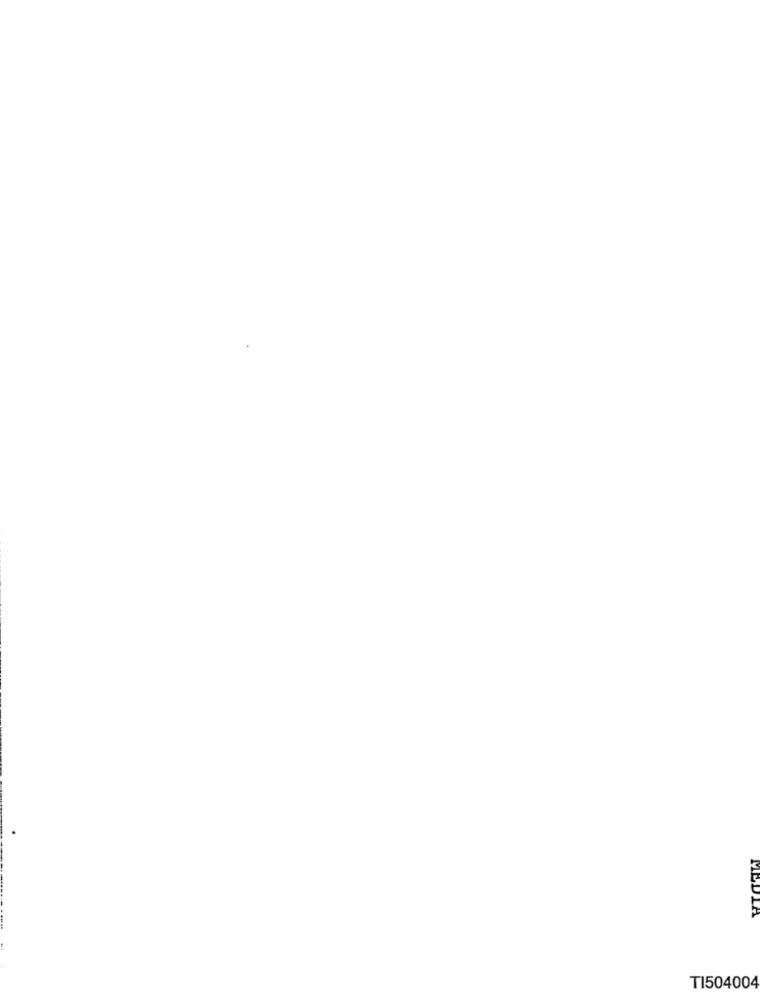
TI504004